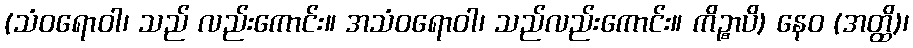
(သံဝရောဝါ၊ သည် လည်းကောင်း။ အသံဝရောဝါ၊ သည်လည်းကောင်း။ ကိဉ္စာပိ) နေဝ (အတ္ထိ)၊